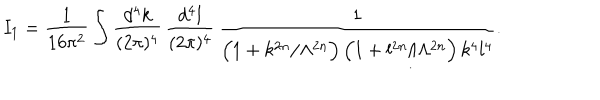
LaTeX: I _ { 1 } = \frac { 1 } { 1 6 \pi ^ { 2 } } \int \frac { d ^ { 4 } k } { ( 2 \pi ) ^ { 4 } } \, \frac { d ^ { 4 } l } { ( 2 \pi ) ^ { 4 } } \, \frac { 1 } { \Big ( 1 + k ^ { 2 n } / \Lambda ^ { 2 n } \Big ) \, \Big ( 1 + l ^ { 2 n } / \Lambda ^ { 2 n } \Big ) \, k ^ { 4 } l ^ { 4 } } .